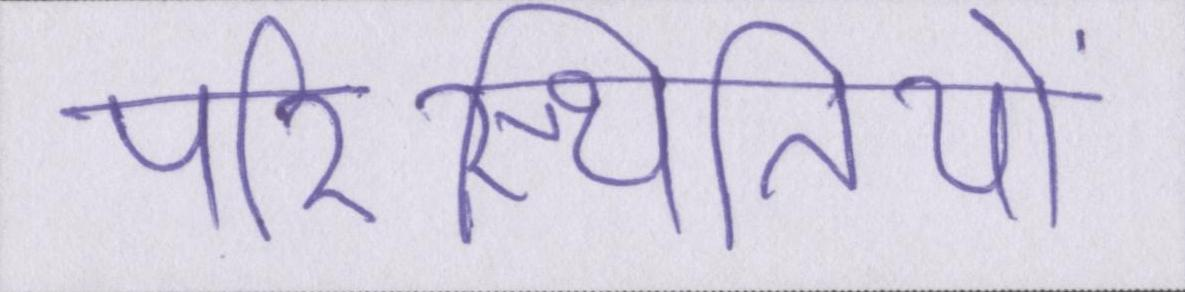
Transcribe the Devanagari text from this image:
परिस्थितियों